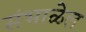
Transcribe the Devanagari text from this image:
संभाळेल